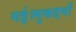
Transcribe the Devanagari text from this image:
गई।मुकद्दमों